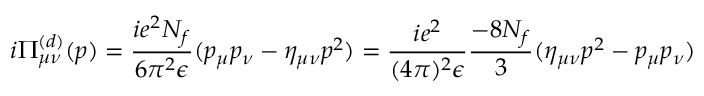
i \Pi _ { \mu \nu } ^ { ( d ) } ( p ) = \frac { i e ^ { 2 } N _ { f } } { 6 \pi ^ { 2 } \epsilon } ( p _ { \mu } p _ { \nu } - \eta _ { \mu \nu } p ^ { 2 } ) = \frac { i e ^ { 2 } } { ( 4 \pi ) ^ { 2 } \epsilon } \frac { - 8 N _ { f } } { 3 } ( \eta _ { \mu \nu } p ^ { 2 } - p _ { \mu } p _ { \nu } )